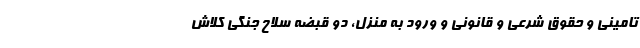
تامینی و حقوق شرعی و قانونی و ورود به منزل، دو قبضه سلاح جنگی کلاش